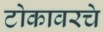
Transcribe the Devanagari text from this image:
टोकावरचे